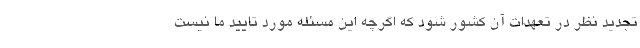
تجدید نظر در تعهدات آن کشور شود که اگرچه این مسئله مورد تایید ما نیست